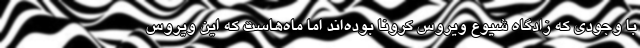
با وجودی که زادگاه شیوع ویروس کرونا بوده‌اند اما ماه‌هاست که این ویروس